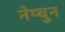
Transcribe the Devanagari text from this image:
नेप्चुन